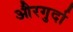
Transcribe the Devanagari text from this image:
औरगुर्दा